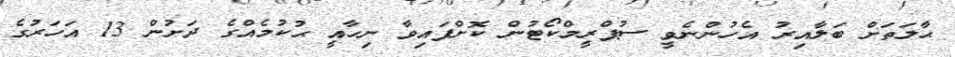
ޙާލަތަށް ބަލާއިރު އެހުންނެވީ ސުޕްރީމްކޯޓުން ކޮށްފައިވާ ނިހާއީ ޙުކުމެއްގެ ދަށުން 13 އަހަރުގެ